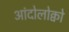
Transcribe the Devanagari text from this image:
आंदोलोक्वो